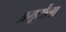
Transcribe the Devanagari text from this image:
अमूर्ताला